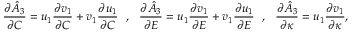
\frac { \partial \hat { A } _ { 3 } } { \partial C } = u _ { 1 } \frac { \partial v _ { 1 } } { \partial C } + v _ { 1 } \frac { \partial u _ { 1 } } { \partial C } ~ ~ , ~ ~ \frac { \partial \hat { A } _ { 3 } } { \partial E } = u _ { 1 } \frac { \partial v _ { 1 } } { \partial E } + v _ { 1 } \frac { \partial u _ { 1 } } { \partial E } ~ ~ , ~ ~ \frac { \partial \hat { A } _ { 3 } } { \partial \kappa } = u _ { 1 } \frac { \partial v _ { 1 } } { \partial \kappa } ,